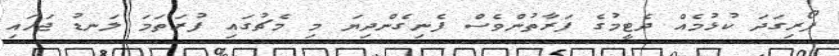
ފޯރިގަދަ ކުޅުމެއް ދެޓީމުގެ ފަރާތުންވެސް ފެނިގެންދިޔަ މި މެޗުގައި ފުރަތަމަ ލަނޑު ޖަހައި